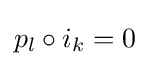
{\textstyle p_{l}\circ i_{k}=0}